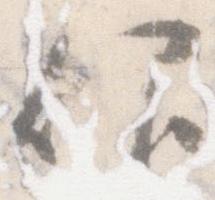
仰